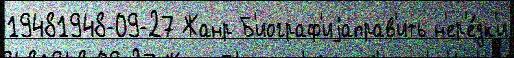
19481948-09-27 Жанр Б'иограф'иjаправ'ить н'ер'е́дк'и